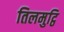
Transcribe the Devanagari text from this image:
तिलमुट्ठि